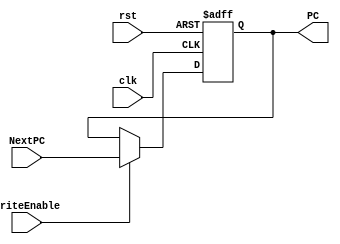
module PC (
   // clk, rst, PCSel, Imm, PC, PCNew, Jump
   clk, rst, WriteEnable,
   NextPC, PC
   // clk, rst, PCSel, Jump, PCDist, Imm, PCNew, PC
);
   // input clk, rst, PCSel, Jump, PCDist;
   input clk, rst;
   input WriteEnable;
   input [31:0] NextPC;
   // Jump is a signal that is asserted when you want to jump to a new PC
   // If Jump is asserted: 
   //    PCDist = 1: jr
   //    PCDist = 0: j or jal
   // Else:
   //    PCSel = 1: branch
   //    PCSel = 0: no branch
   // input [31:0] Imm;
   // input [31:0] PCNew;
   output reg [31:0] PC;

   // wire  [31:0] NPC;
   // assign NPC = PC + 4;
   
   always @(posedge clk or posedge rst) begin
      if (rst) begin
         PC <= 32'h00003000;
      end else begin
         if (WriteEnable) begin
            PC <= NextPC;
         end else begin
            PC <= PC;
         end
//       end else begin
// //         NPC = PC + 4;
//          if (Jump) begin
//             if (PCDist) begin
//                PC = PCNew;
//             end else begin
//                PC = {NPC[31:28], PCNew[25:0], 2'b00};
//             end
//          end else if (PCSel) begin
//             PC = NPC + {Imm[29:0], 2'b00};
//          end else begin
//             PC = NPC;
//          end
      end
   end

   // mux2 #(.WIDTH(1)) (
   //    .d0(NPC), 
   //    .d1(NPC + {Imm[29:0], 2'b00}), 
   //    .s(PCSel), 
   //    .y(SelectedPC));
   // mux2 #(.WIDTH(1)) (
   //    .d0(SelectedPC),
   //    .d1({NPC[31:28], PCNew[25:0], 2'b00}),
   //    .s(Jump),
   //    .y(NPC);
   // );
endmodule